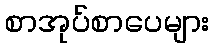
စာအုပ်စာပေများ